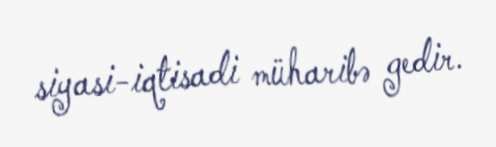
siyasi-iqtisadi müharibə gedir.